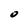
Character: O